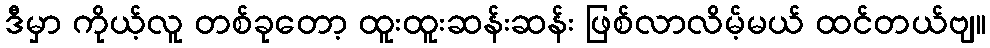
ဒီမှာ ကိုယ့်လူ တစ်ခုတော့ ထူးထူးဆန်းဆန်း ဖြစ်လာလိမ့်မယ် ထင်တယ်ဗျ။